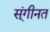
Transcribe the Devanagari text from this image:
स्ंगीनत